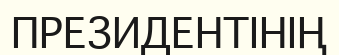
ПРЕЗИДЕНТІНІҢ